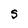
Character: S